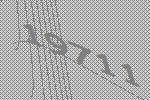
19711